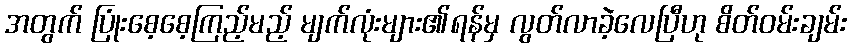
အတွက် ပြုံးစေ့စေ့ကြည့်မည့် မျက်လုံးများ၏ရန်မှ လွတ်လာခဲ့လေပြီဟု စိတ်ဝမ်းချမ်း